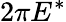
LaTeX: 2\pi E^{*}